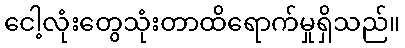
ငေါ့လုံးတွေသုံးတာထိရောက်မှုရှိသည်။